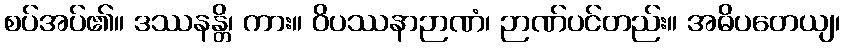
စပ်အပ်၏။ ဒဿနန္တိ၊ ကား။ ဝိပဿနာဉာဏံ၊ ဉာဏ်ပင်တည်း။ အဓိပတေယျ၊